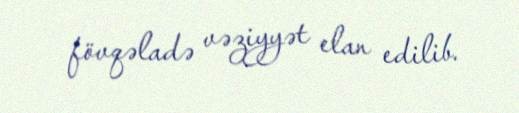
fövqəladə vəziyyət elan edilib.